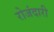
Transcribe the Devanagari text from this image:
रोजंदारी